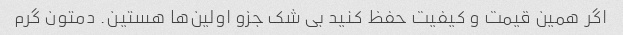
اگر همین قیمت و کیفیت حفظ کنید بی شک جزو اولین‌ها هستین. دمتون گرم